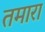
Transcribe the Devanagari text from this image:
तमारा